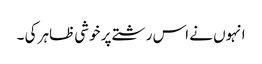
انہوں نے اس رشتے پر خوشی ظاہر کی ۔